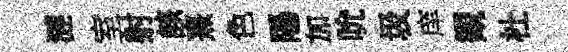
漣室射該熹色陽加吮圾庠観杜